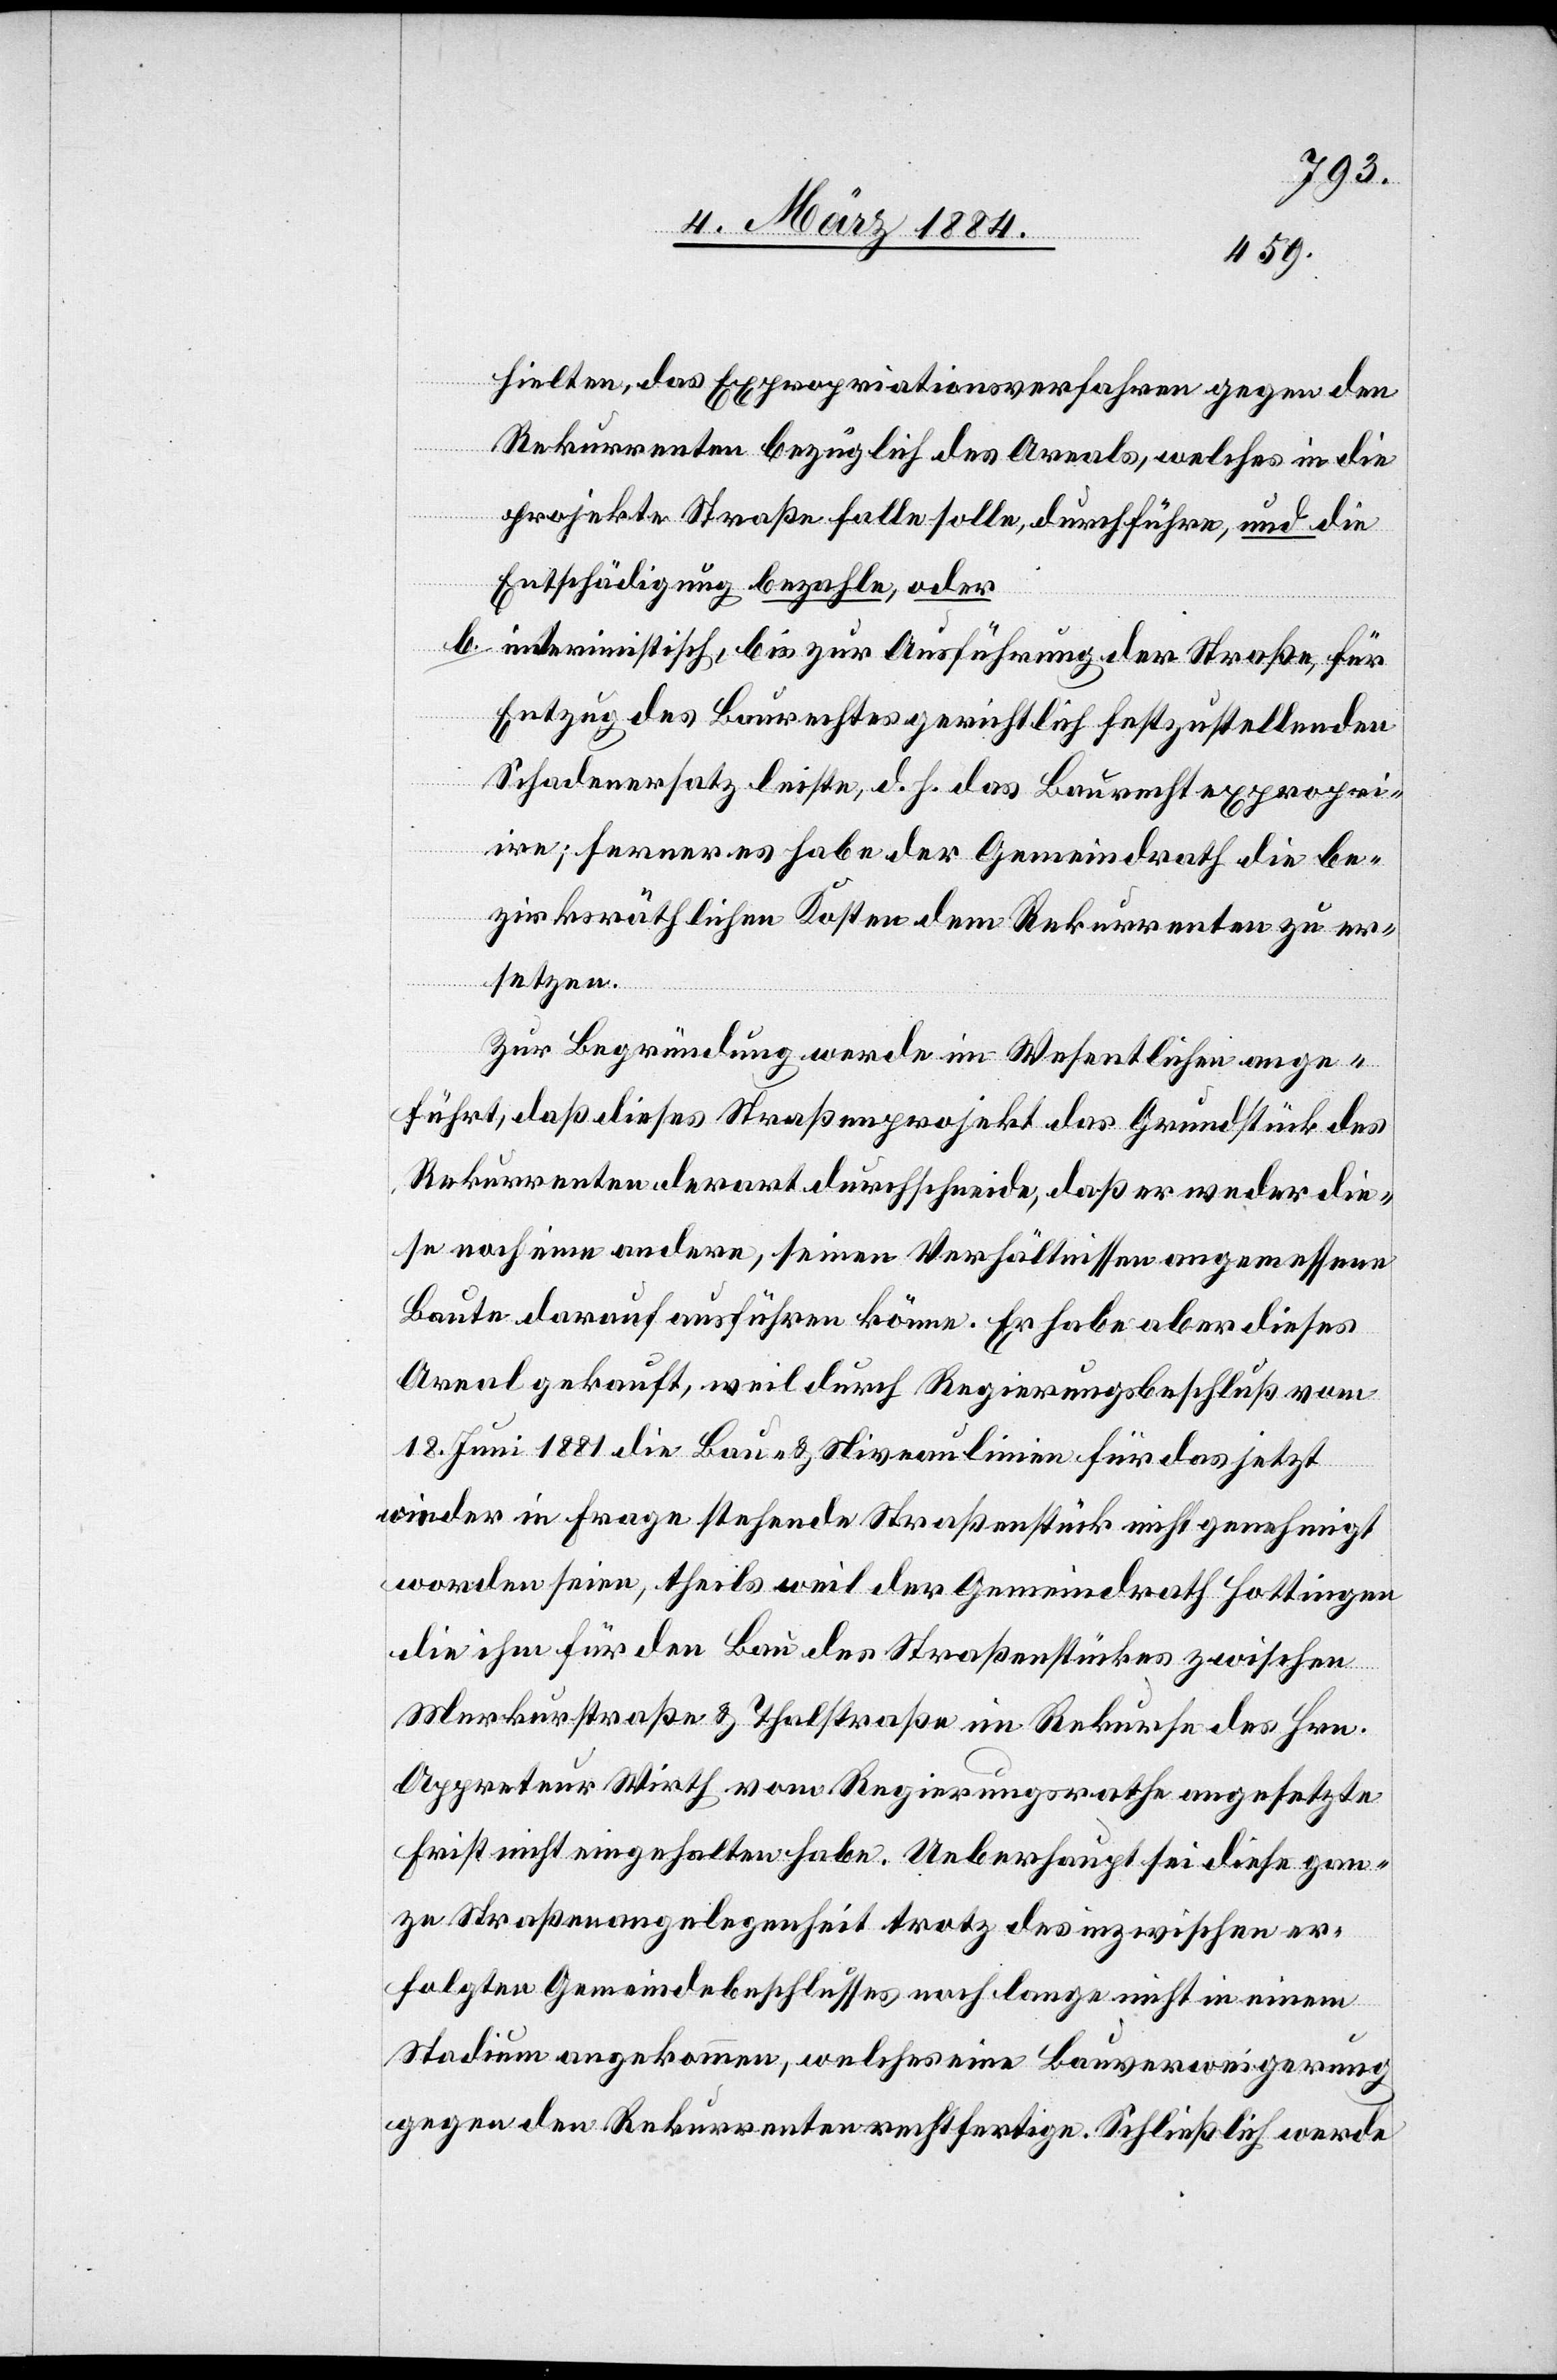
hielten, das Expropriationsverfahren gegen den
Rekurrenten bezüglich des Areals, welches in die
projekte [sic!] Straße fallen solle, durchführen, und die
Entschädigung bezahle, oder
b. interimistisch, bis zur Ausführung der Straße, für
Entzug des Baurechts gerichtlich festzustellenden
Schadenersatz leisten, d. h. das Baurecht expropri¬
iren; ferner es habe der Gemeindrath die be¬
zirksräthlichen Kosten dem Rekurrenten zu er¬
setzen.
Zur Begründung werde im Wesentlichen ange¬
führt, daß dieses Straßenprojekt das Grundstück des
Rekurrenten derart durchschneide, daß er weder die¬
se noch eine andere, seinen Verhältnissen angemessene
Baute darauf ausführen könne. Er habe aber dieses
Areal gekauft, weil durch Regierungsbeschluß vom
18. Juni 1881 die Bau- & Niveaulinie für das jetzt
wieder in Frage stehende Straßenstück nicht genehmigt
worden seien, theils weil der Gemeindrath Hottingen
die ihm für den Bau der Straßenstückes zwischen
Merkurstraße & Thalstraße im Rekurse des Hrn.
Appreteur Wirth vom Regierungsrathe angesetzte
Frist nicht eingehalten habe. Ueberhaupt sei diese gan¬
ze Straßenangelegenheit trotz des inzwischen ver¬
folgten Gemeindebeschlusses noch lange nicht in einem
Stadium angekommen, welches eine Bauverweigerung
gegen den Rekurrenten rechtfertige. Schließlich werde